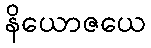
နိယောဇယေ